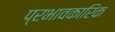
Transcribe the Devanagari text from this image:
प्रभावकारिक